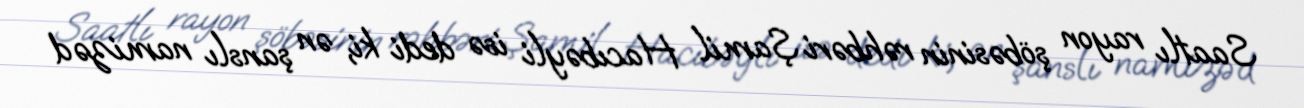
Saatlı rayon şöbəsinin rəhbəri Şamil Hacıbəyli isə dedi ki, ən şanslı namizəd